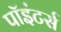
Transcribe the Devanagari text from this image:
पॉइंटर्स